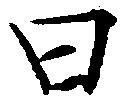
曰